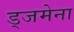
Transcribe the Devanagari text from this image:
ड्जमेना